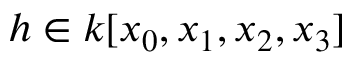
h \in k [ x _ { 0 } , x _ { 1 } , x _ { 2 } , x _ { 3 } ]